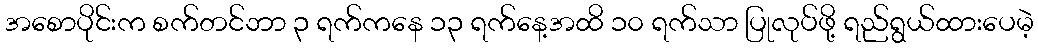
အစောပိုင်းက စက်တင်ဘာ ၃ ရက်ကနေ ၁၃ ရက်နေ့အထိ ၁၀ ရက်သာ ပြုလုပ်ဖို့ ရည်ရွယ်ထားပေမဲ့